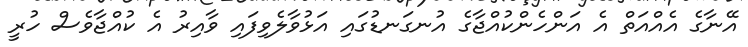
އޭނާގެ އެއްއަތް އެ އަންހެންކުއްޖާގެ އުނގަނޑުގައި އަޅުވާލެވިފައި ވާއިރު އެ ކުއްޖާވެސް ހުރީ